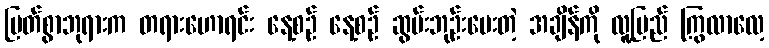
မြတ်စွာဘုရားက တရားဟောရင်း နေ့စဉ် နေ့စဉ် ဆွမ်းဘုဉ်းပေးတဲ့ အချိန်ကို လူ့ပြည် ကြွလာလေ့